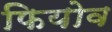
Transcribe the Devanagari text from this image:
फियोव